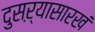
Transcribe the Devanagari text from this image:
दुसऱ्यासारखं